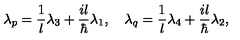
\lambda _ { p } = { \frac { 1 } { l } } \lambda _ { 3 } + { \frac { i l } { \hbar } } \lambda _ { 1 } , \quad \lambda _ { q } = { \frac { 1 } { l } } \lambda _ { 4 } + { \frac { i l } { \hbar } } \lambda _ { 2 } ,